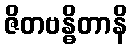
ဇိတဗန္ဓိတာနိ